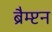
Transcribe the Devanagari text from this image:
ब्रैम्प्टन